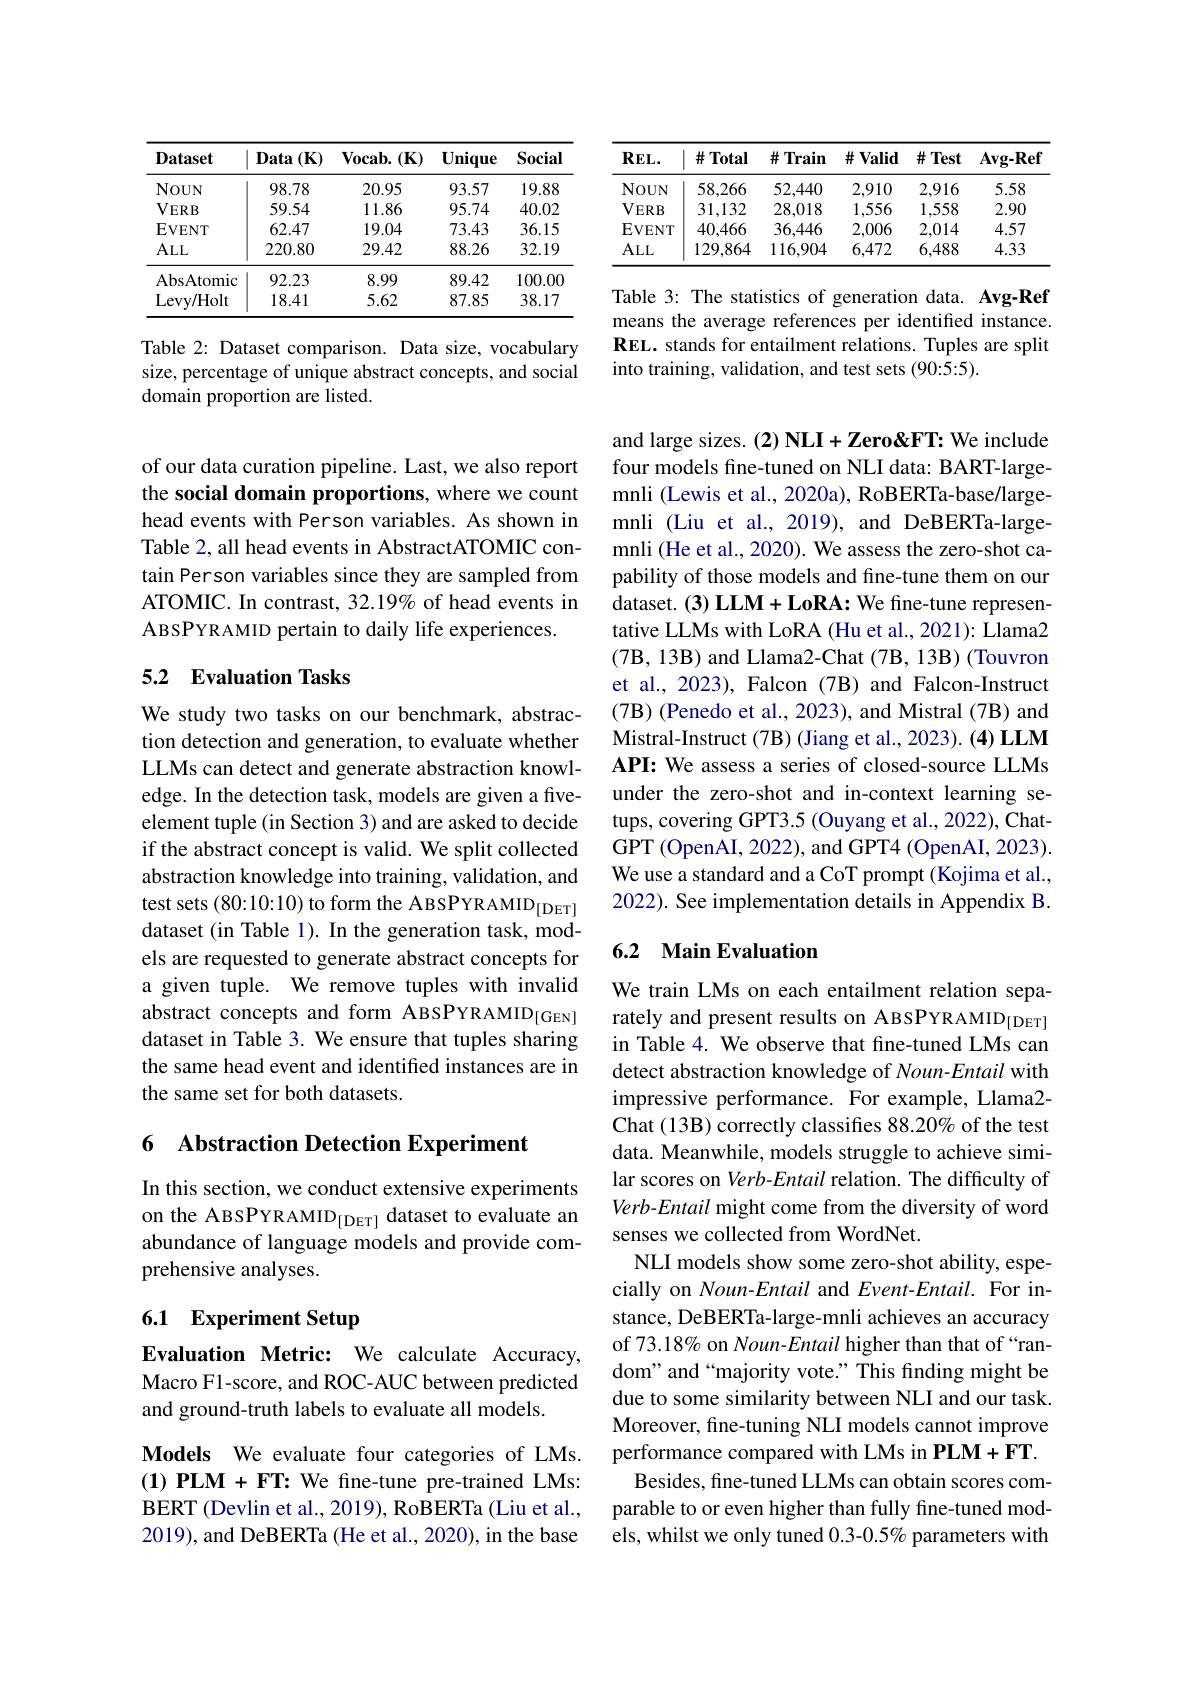
<table>
	<tbody>
		<tr>
			<th>Dataset</th>
			<th>$\mathbf{Data}\left(\mathbf{K}\right)$</th>
			<th>$\mathbf{Vocab.}(\mathbf{K})$</th>
			<th>Unique</th>
			<th>Social</th>
		</tr>
		<tr>
			<td>NOUN</td>
			<td>98.78</td>
			<td>20.95</td>
			<td>93.57</td>
			<td>19.88</td>
		</tr>
		<tr>
			<td>$VERB$</td>
			<td>59.54</td>
			<td>11.86</td>
			<td>95.74</td>
			<td>40.02</td>
		</tr>
		<tr>
			<td>$\mathbf{EVENT}$</td>
			<td>62.47</td>
			<td>19.04</td>
			<td>73.43</td>
			<td>36.15</td>
		</tr>
		<tr>
			<td>$ALL$</td>
			<td>220.80</td>
			<td>29.42</td>
			<td>88.26</td>
			<td>32.19</td>
		</tr>
		<tr>
			<td>AbsAtomic</td>
			<td>92.23</td>
			<td>8.99</td>
			<td>89.42</td>
			<td>100.00</td>
		</tr>
		<tr>
			<td>Levy/ Holt</td>
			<td>18.41</td>
			<td>5.62</td>
			<td>87.85</td>
			<td>38.17</td>
		</tr>
	</tbody>
</table>

Table 2: Dataset comparison. Data size, vocabulary size, percentage of unique abstract concepts, and social domain proportion are listed.

of our data curation pipeline. Last, we also report the social domain proportions, where we count head events with Person variables. As shown in Table 2, all head events in AbstractATOMIC contain Person variables since they are sampled from ATOMIC. In contrast, 32.19% of head events in ABSPYRAMID pertain to daily life experiences.

## 5.2 Evaluation Tasks

We study two tasks on our benchmark, abstraction detection and generation, to evaluate whether LLMs can detect and generate abstraction knowledge. In the detection task, models are given a fiveelement tuple (in Section 3) and are asked to decide if the abstract concept is valid. We split collected abstraction knowledge into training, validation, and test sets (80:10:10) to form the ABSPYRAMID$_{[\mathrm{DET}]}$ dataset (in Table 1). In the generation task, models are requested to generate abstract concepts for a given tuple. We remove tuples with invalid abstract concepts and form ABSPYRAMID$_{[\mathrm{GEN}]}$ dataset in Table 3. We ensure that tuples sharing the same head event and identified instances are in the same set for both datasets.

6 Abstraction Detection Experiment

In this section, we conduct extensive experiments on the ABSPYRAMID$_{[\mathrm{DET}]}$ dataset to evaluate an abundance of language models and provide comprehensive analyses.

# 6.1 Experiment Setup

Evaluation Metric: We calculate Accuracy, Macro F1-score, and ROC-AUC between predicted and ground-truth labels to evaluate all models.

Models We evaluate four categories of LMs. (1) PLM + FT: We fine-tune pre-trained LMs: BERT (Devlin et al., 2019), RoBERTa (Liu et al., 2019), and DeBERTa (He et al., 2020), in the base

<table>
	<tbody>
		<tr>
			<th>$REL.$</th>
			<th>$\#Total$</th>
			<th>$\#$Train</th>
			<th>$\#$ Valid</th>
			<th>$\#$Test</th>
			<th>$\mathbf{Avg-Ref}$</th>
		</tr>
		<tr>
			<td>NOUN</td>
			<td>58,266</td>
			<td>52,440</td>
			<td>2,910</td>
			<td>2,916</td>
			<td>5.58</td>
		</tr>
		<tr>
			<td>$VERB$</td>
			<td>31,132</td>
			<td>28,018</td>
			<td>1,556</td>
			<td>1,558</td>
			<td>2.90</td>
		</tr>
		<tr>
			<td>EVENT</td>
			<td>40,466</td>
			<td>36,446</td>
			<td>2,006</td>
			<td>2,014</td>
			<td>4.57</td>
		</tr>
		<tr>
			<td>$ALL$</td>
			<td>129,864</td>
			<td>116,904</td>
			<td>6,472</td>
			<td>6,488</td>
			<td>4.33</td>
		</tr>
	</tbody>
</table>

Table 3: The statistics of generation data. Avg-Ref means the average references per identified instance REL. stands for entailment relations. Tuples are split into training, validation, and test sets (90:5:5)

and large sizes. (2) NLI+Zero&FT: We include four models fine-tuned on NLI data: BART-largemnli (Lewis et al., 2020a), RoBERTa-base/largemnli (Liu et al., 2019), and DeBERTa-largemnli (He et al., 2020). We assess the zero-shot capability of those models and fine-tune them on our dataset. (3) LLM+ LoRA: We fine-tune representative LLMs with LoRA (Hu et al., 2021): Llama2 (7B, 13B) and Llama2-Chat (7B, 13B) (Touvron et al., 2023), Falcon (7B) and Falcon-Instruct (7B) (Penedo et al., 2023), and Mistral (7B) and Mistral-Instruct (7B) (Jiang et al., 2023). (4) LLM API: We assess a series of closed-source LLMs under the zero-shot and in-context learning setups, covering GPT3.5 (Ouyang et al., 2022), ChatGPT (OpenAI, 2022), and GPT4 (OpenAI, 2023). We use a standard and a CoT prompt (Kojima et al., 2022). See implementation details in Appendix B.

## 6.2 Main Evaluation

We train LMs on each entailment relation separately and present results on ABSPYRAMID$_{[\mathrm{DET}]}$ in Table 4. We observe that fine-tuned LMs can detect abstraction knowledge of Noun-Entail with impressive performance. For example, Llama2- Chat (13B) correctly classifies 88.20% of the test data. Meanwhile, models struggle to achieve similar scores on Verb-Entail relation. The difficulty of Verb-Entail might come from the diversity of word senses we collected from WordNet.
NLI models show some zero-shot ability, especially on Noun-Entail and $Event-Entail.$ For instance, DeBERTa-large-mnli achieves an accuracy of 73.18% on Noun-Entail higher than that of “random" and “majority vote.” This finding might be due to some similarity between NLI and our task. Moreover, fine-tuning NLI models cannot improve performance compared with LMs in PLM+FT.
Besides, fine-tuned LLMs can obtain scores comparable to or even higher than fully fine-tuned models, whilst we only tuned 0.3-0.5% parameters with